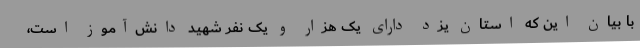
با بیان این که استان یزد دارای یک هزار و یک نفر شهید دانش‌آموز است،